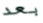
بعد